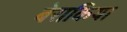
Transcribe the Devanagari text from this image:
बेराकिया